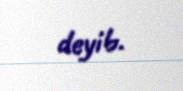
deyib.